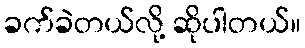
ခက်ခဲတယ်လို့ ဆိုပါတယ်။